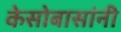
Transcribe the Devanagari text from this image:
केसोबासांनी